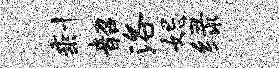
剩韶洛妃绿